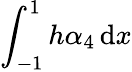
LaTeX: \int_{-1}^{1}h\alpha_{4}\, \mathrm{d}x